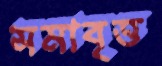
সমাবৃত্ত